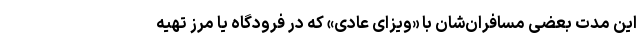
این مدت بعضی مسافران‌شان‌ با «ویزای عادی» که در فرودگاه یا مرز تهیه